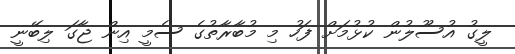
ލީގު އުސޫލުން ކުޅުމަށް ފަހު މި މުބާރާތުގެ ސެމީ އިން ޖާގަ ލިބޭނީ